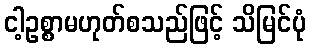
ငါ့ဥစ္စာမဟုတ်စသည်ဖြင့် သိမြင်ပုံ